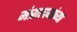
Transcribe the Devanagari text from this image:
मंत्रालयांच्या